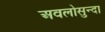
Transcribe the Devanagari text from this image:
अवलोसुन्दा